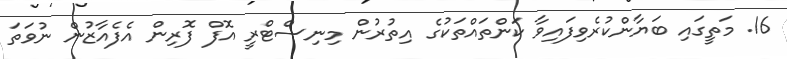
16. މަތީގައި ބަޔާންކުރެވިފައިވާ ކަންތައްތަކުގެ އިތުރުން މިނިސްޓްރީ އޮފް ފޮރިން އެފެއާޒުން ނުވަތަ